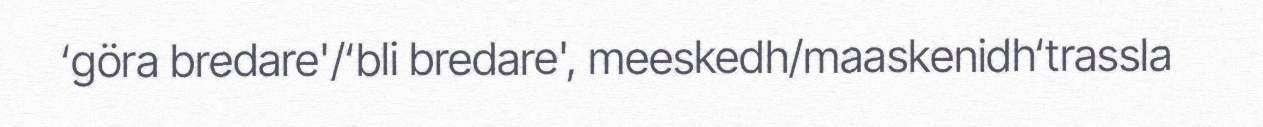
‘göra bredare'/‘bli bredare', meeskedh/maaskenidh‘trassla